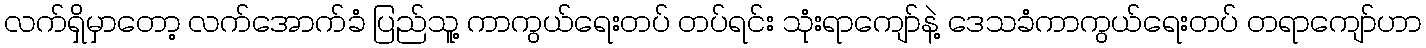
လက်ရှိမှာတော့ လက်အောက်ခံ ပြည်သူ့ ကာကွယ်ရေးတပ် တပ်ရင်း သုံးရာကျော်နဲ့ ဒေသခံကာကွယ်ရေးတပ် တရာကျော်ဟာ